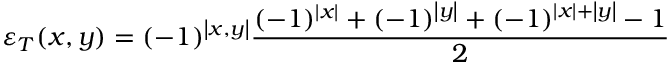
\varepsilon _ { T } ( x , y ) = ( - 1 ) ^ { \left| x , y \right| } \frac { ( - 1 ) ^ { \left| x \right| } + ( - 1 ) ^ { \left| y \right| } + ( - 1 ) ^ { \left| x \right| + \left| y \right| } - 1 } { 2 }